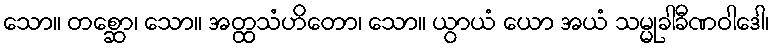
သော။ တစ္ဆော၊ သော။ အတ္ထသံဟိတော၊ သော။ ယွာယံ ယော အယံ သမ္မုခါခီဏဝါဒေါ၊